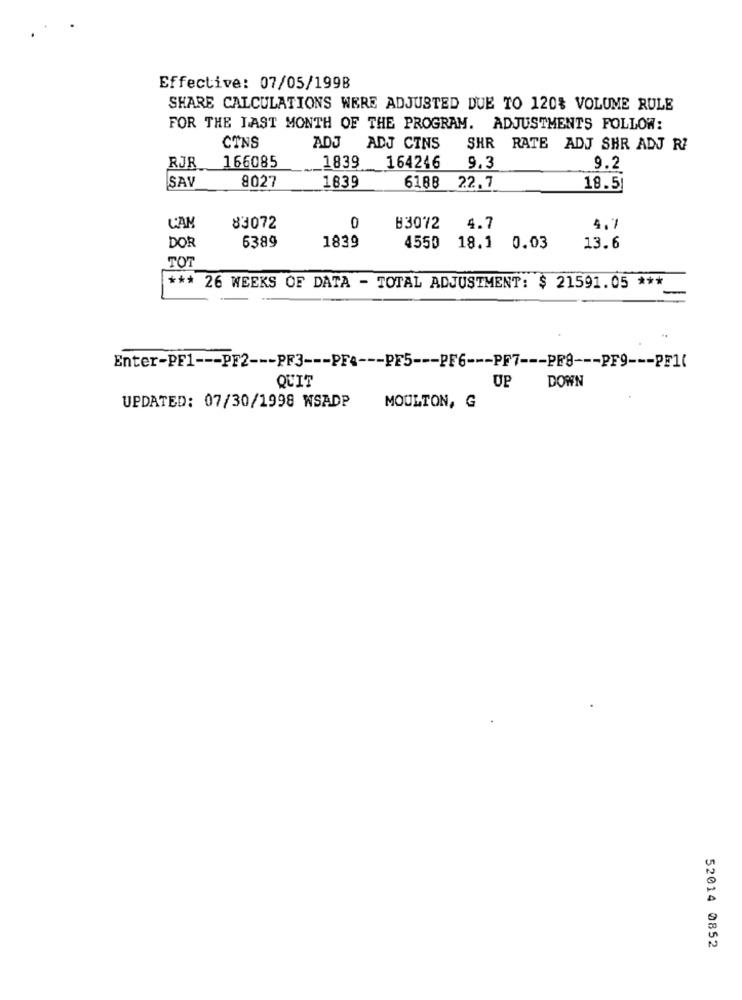
Effective: 07/05/199B
SHARE CALCULATIONS WERE ADJUSTED DUE TO 120% VOLUME RULE
FOR THE LAST MONTH OF THE PROGRAM. ADJUSTMENTS FOLLOW:
CTNS
ADJ ADJ CINS
SHR RATE ADJ SHR ADJ RI
RJR 166085
1839 164246
9.3
9.2
SAV
8027
1839
6188 22.7
19.5
CAM
83072
B3072
4.7
4.7
1839
DOR
6389
4550
18.1 0.03
13.6
TOT
*** 26 WEEKS OF DATA - TOTAL ADJUSTMENT: $ 21591.05 ***
Enter-PF1 --- PF2 --- PF3 --- PF4 --- PE5 --- PF6 --- PF7 --- PF8 --- PF9 --- PF1(
UP
DOWN
QUIT
UPDATED: 07/30/1998 WSADP
MOULTON, G
52014 0852